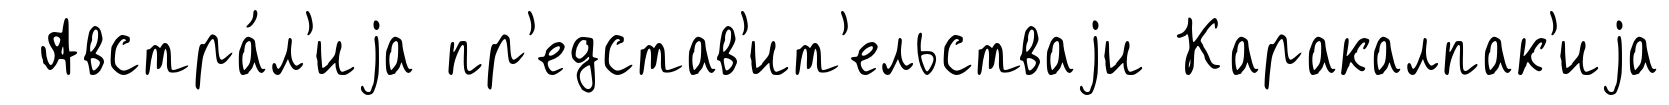
Австра́л'иjа пр'едстав'ит'ельстваjи Каракалпак'иjа